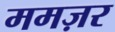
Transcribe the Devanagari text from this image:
ममज़र